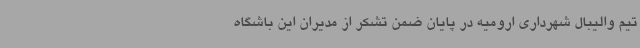
تیم والیبال شهرداری ارومیه در پایان ضمن تشکر از مدیران این باشگاه